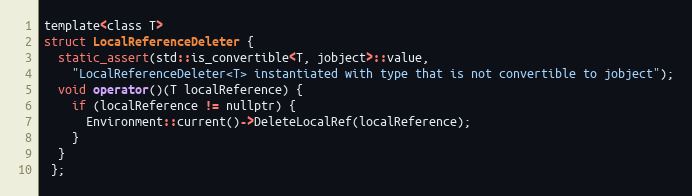
Language: C
template<class T>
struct LocalReferenceDeleter {
  static_assert(std::is_convertible<T, jobject>::value,
    "LocalReferenceDeleter<T> instantiated with type that is not convertible to jobject");
  void operator()(T localReference) {
    if (localReference != nullptr) {
      Environment::current()->DeleteLocalRef(localReference);
    }
  }
 };